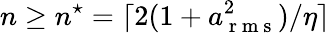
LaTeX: n\geq n^{\star}=\lceil 2(1+a_{\mathrm{~r~m~s~}}^{2})/\eta\rceil